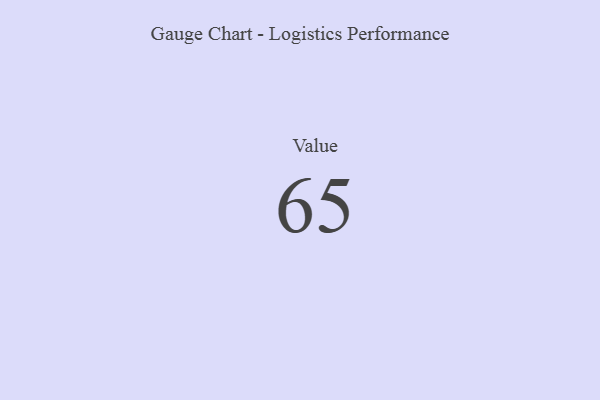
{"axis": {"x": "Metric", "y": "Value"}, "legend": [""], "data": [{"x": "Value", "y": 65, "type": ""}]}